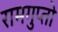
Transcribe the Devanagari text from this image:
रामगुप्तो